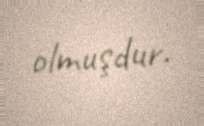
olmuşdur.